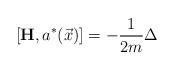
LaTeX: \begin{align*}\left[ \mathbf{H},a^{*}(\vec{x})\right] =-\frac{1}{2m}\Delta\end{align*}